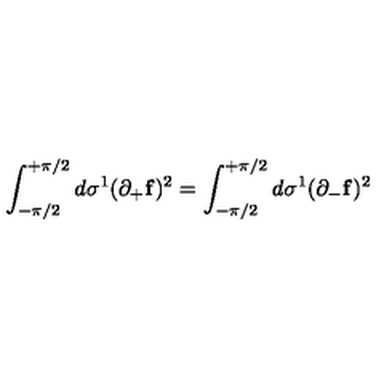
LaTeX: \int _ { - \pi / 2 } ^ { + \pi / 2 } d \sigma ^ { 1 } ( \partial _ { + } { \bf f } ) ^ { 2 } = \int _ { - \pi / 2 } ^ { + \pi / 2 } d \sigma ^ { 1 } ( \partial _ { - } { \bf f } ) ^ { 2 }